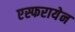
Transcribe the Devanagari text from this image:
एस्फरायेन